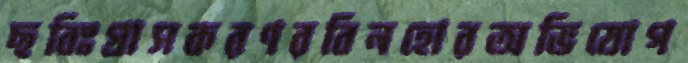
ছবিঃগ্রাসকরণরবিনহোরঅভিযোগ